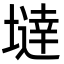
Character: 𡐿